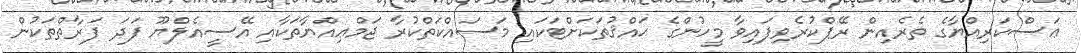
ޢަސްކަރިއްޔާގެ ތެރެއިން ރޭޕްކުރެވިފައިވާ މީހުންގެ ޙައްޤުތަކަށްޓަކައި މަސައްކަތްކުރާ ޖަމްޢިއްޔާތަކާއި އޭސީއެލްޔޫ ފަދަ ފަރާތްތަކުން